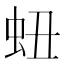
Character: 䖡